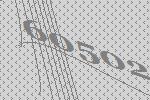
60502